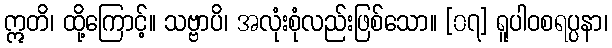
ဣတိ၊ ထို့ကြောင့်။ သဗ္ဗာပိ၊ အလုံးစုံလည်းဖြစ်သော။ [၀၇] ရူပါဝစရပ္ပနာ၊